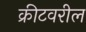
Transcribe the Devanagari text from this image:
क्रीटवरील